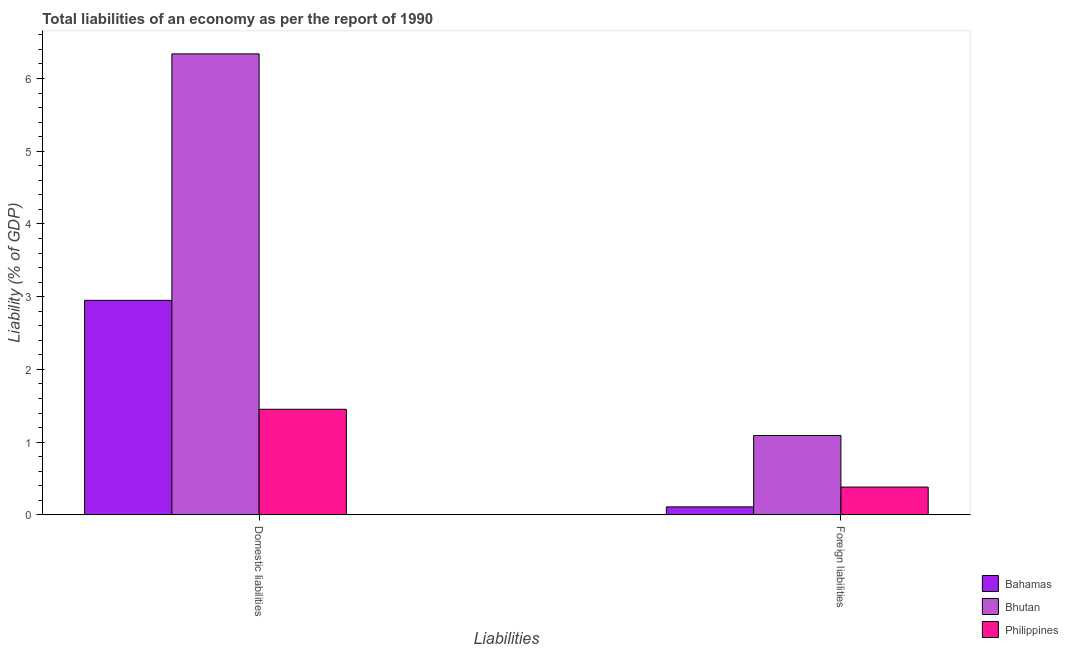
| Liabilities | Bahamas | Bhutan | Philippines |
 | --- | --- | --- | --- |
 | Domestic liabilities | 2.95 | 6.34 | 1.45 |
 | Foreign liabilities | 0.111 | 1.09 | 0.383 |